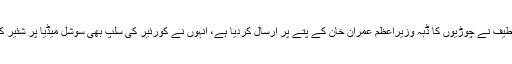
افشاں لطیف نے چوڑیوں کا ڈبہ وزیراعظم عمران خان کے پتے پر ارسال کردیا ہے، انہوں نے کورئیر کی سلپ بھی سوشل میڈیا پر شئیر کی ہے۔